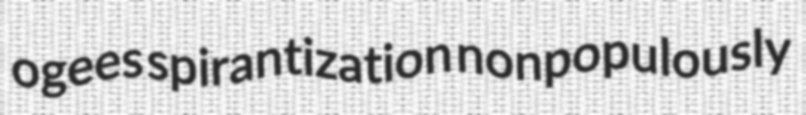
ogees spirantization nonpopulously